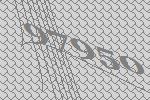
97950